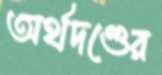
অর্থদণ্ডের